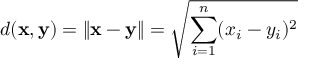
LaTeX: d ( \mathbf { x } , \mathbf { y } ) = \| \mathbf { x } - \mathbf { y } \| = { \sqrt { \sum _ { i = 1 } ^ { n } ( x _ { i } - y _ { i } ) ^ { 2 } } }